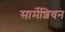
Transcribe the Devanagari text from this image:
सार्मेशियन